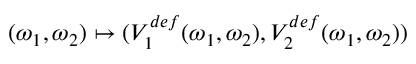
( \omega _ { 1 } , \omega _ { 2 } ) \mapsto ( V _ { 1 } ^ { d e f } ( \omega _ { 1 } , \omega _ { 2 } ) , V _ { 2 } ^ { d e f } ( \omega _ { 1 } , \omega _ { 2 } ) )